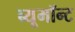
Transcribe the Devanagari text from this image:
ब्यूमॉन्ट